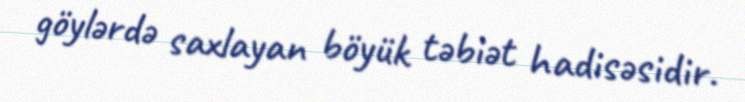
göylərdə saxlayan böyük təbiət hadisəsidir.